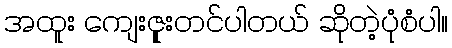
အထူး ကျေးဇူုးတင်ပါတယ် ဆိုတဲ့ပုံစံပါ။